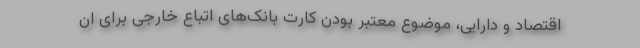
اقتصاد و دارایی، موضوع معتبر بودن کارت بانک‌های اتباع خارجی برای ان